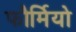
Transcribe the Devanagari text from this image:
फौर्मियो